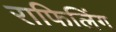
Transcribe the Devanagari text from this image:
राफिलिंग